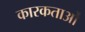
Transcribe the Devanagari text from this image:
कारकताओं